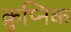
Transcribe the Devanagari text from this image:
क्रुप्निक